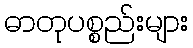
ဓာတုပစ္စည်းများ